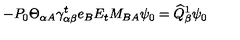
- P _ { 0 } \Theta _ { \alpha A } \gamma _ { \alpha \beta } ^ { t } e _ { B } E _ { t } M _ { B A } \psi _ { 0 } = \widehat { Q } _ { \beta } ^ { 1 } \psi _ { 0 }